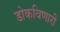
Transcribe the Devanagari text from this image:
डोकविणारी